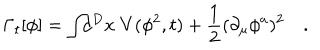
\Gamma _ { t } [ \phi ] = \int \! \! d ^ { D } x \; V ( \phi ^ { 2 } , t ) + \frac { 1 } { 2 } ( \partial _ { \mu } \phi ^ { a } ) ^ { 2 } \quad .